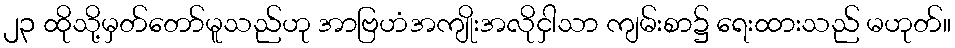
၂၃ ထိုသို့မှတ်တော်မူသည်ဟု အာဗြဟံအကျိုးအလိုငှါသာ ကျမ်းစာ၌ ရေးထားသည် မဟုတ်။